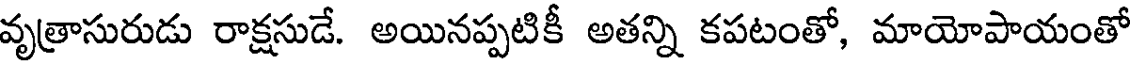
వృత్రాసురుడు రాక్షసుడే. అయినప్పటికీ అతన్ని కపటంతో, మాయోపాయంతో